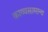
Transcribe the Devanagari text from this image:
काव्यसामान्य